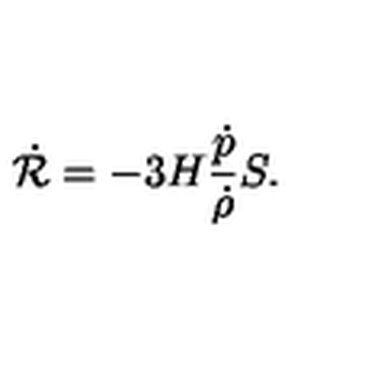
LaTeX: \dot { { \cal R } } = - 3 H \frac { \dot { p } } { \dot { \rho } } S .